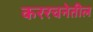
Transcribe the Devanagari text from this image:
कररचनेतील